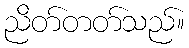
ညိတ်တတ်သည်။